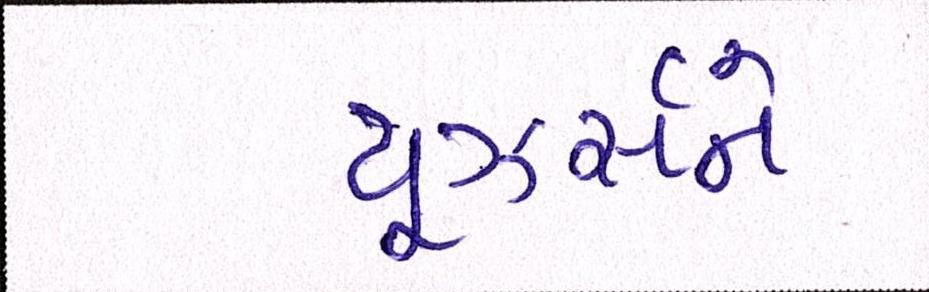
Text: યૂઝર્સને